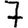
Digit: 7